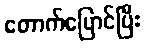
တောက်ပြောင်ပြီး